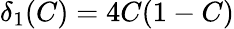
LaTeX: \displaystyle{\delta_{1}(C)=4C(1-C)}